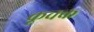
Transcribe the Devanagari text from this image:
कूचक